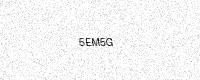
Text: 5EM5G